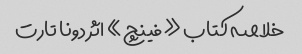
خلاصه کتاب «فینچ» اثر دونا تارت